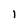
Character: l